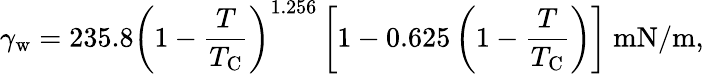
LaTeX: \gamma_{\mathrm{w}}=235.8\left(1-{\frac{T}{T_{\mathrm{C}}}}\right)^{1.256}\left[1-0.625\left(1-{\frac{T}{T_{\mathrm{C}}}}\right)\right]~{\mathrm{mN/m}},